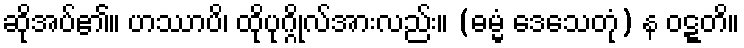
ဆိုအပ်၏။ ဟဿာပိ၊ ထိုပုဂ္ဂိုလ်အားလည်း။ (ဓမ္မံ ဒေသေတုံ) န ဝဋ္ဋတိ။